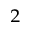
^ 2